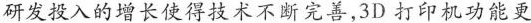
研发投入的增长使得技术不断完善，3D打印机功能更